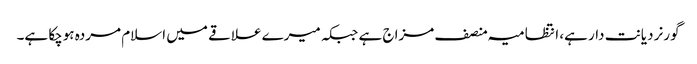
گورنر دیانت دار ہے، انتظامیہ منصف مزاج ہے جبکہ میرے علاقے میں اسلام مردہ ہوچکا ہے۔